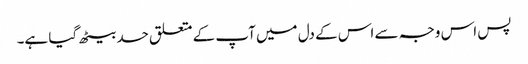
پس اس وجہ سے اس کے دل میں آپ کے متعلق حسد بیٹھ گیا ہے۔